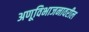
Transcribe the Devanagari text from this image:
अणूविभाजनावरील